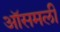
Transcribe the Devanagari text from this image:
ऑसमली